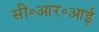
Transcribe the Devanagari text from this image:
सी॰आर॰आई